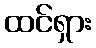
ထင်ရှား